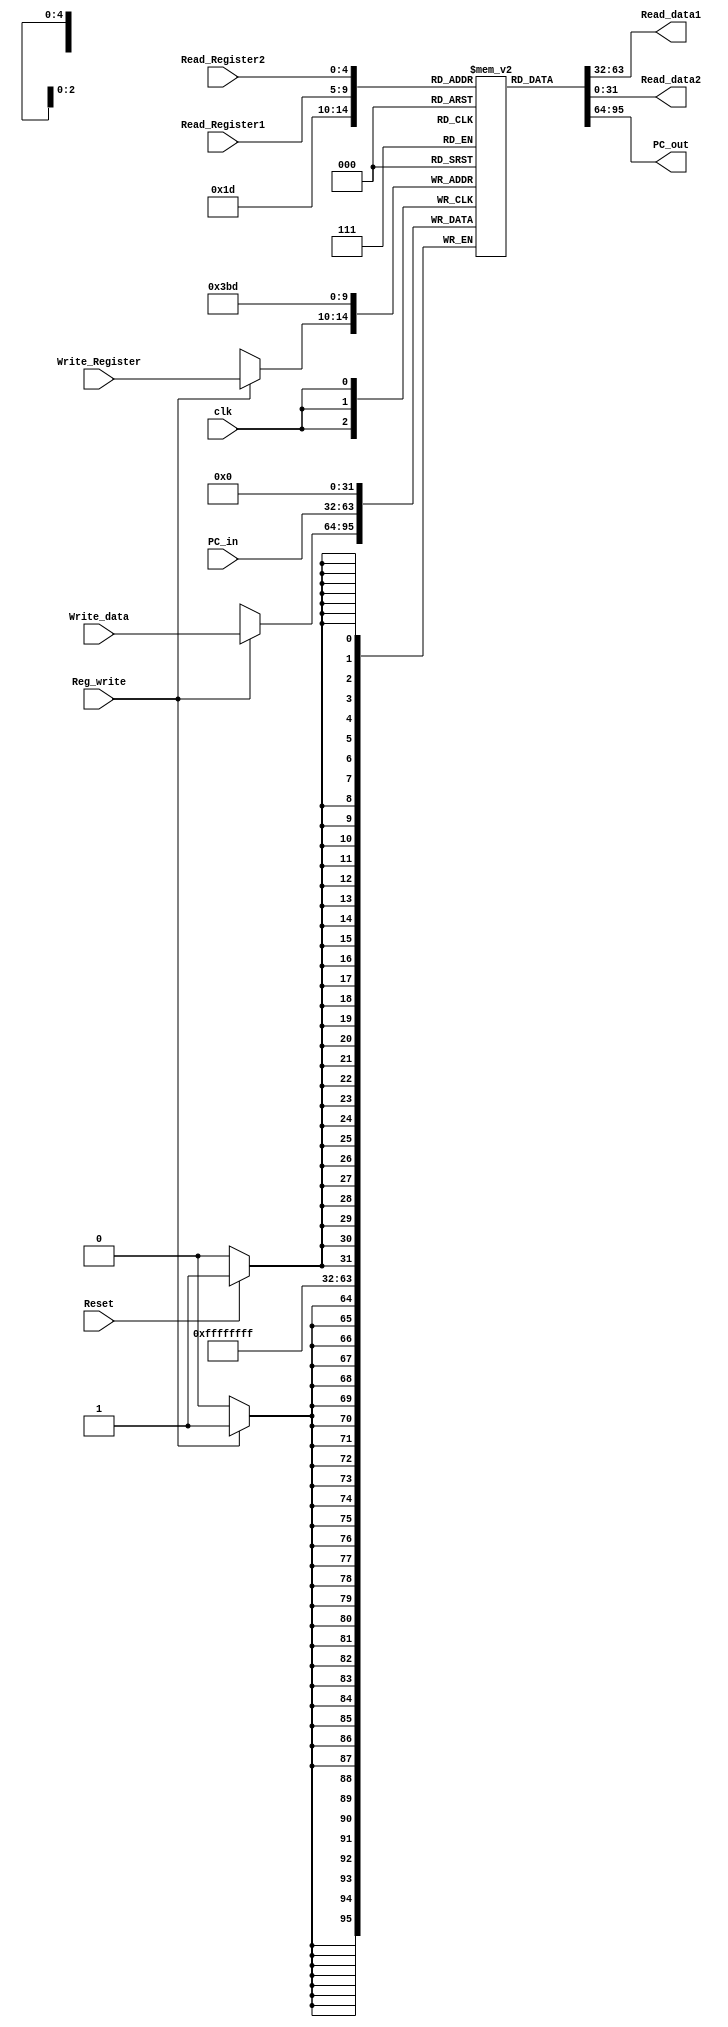
module Register_File(clk,Read_Register1,Read_Register2,Write_Register,Write_data,
Read_data1,Read_data2,Reg_write,PC_in,PC_out,Reset);
input[4:0]Read_Register1,Read_Register2,Write_Register;
input[31:0]Write_data,PC_in; 
output[31:0]Read_data1,Read_data2,PC_out; 
input clk,Reg_write,Reset;
reg[31:0]Register_Mem[0:31];
integer i;
initial 
begin
for(i=0;i<32;i=i+1)
begin
Register_Mem[i]<=32'b0;
end
end
assign PC_out = Register_Mem[29];
always@(posedge clk)
begin 
Register_Mem[29]=PC_in;
if(Reg_write) 
begin
Register_Mem[Write_Register]=Write_data;
end
end
assign Read_data1 = Register_Mem[Read_Register1]; 
assign  Read_data2 = Register_Mem[Read_Register2]; 
always@(posedge clk)
begin
if (Reset)
begin 
Register_Mem[29] = 0;
end
end
endmodule